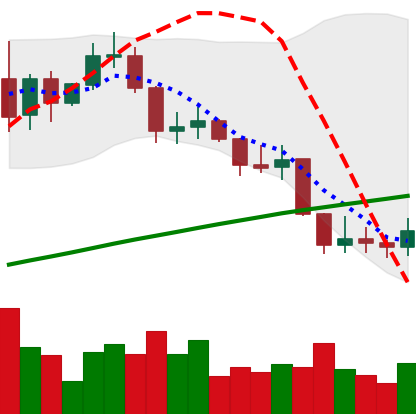
Ticker: LINK-USD
Chart end date: 2019-09-02
Forward return: -3.083%
Label: down_3_5